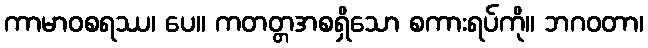
ကာမာဝစရဿ၊ ပေ။ ကတတ္တအစရှိသော စကားရပ်ကို။ ဘဂဝတာ၊